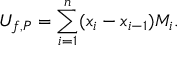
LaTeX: U _ { f , P } = \sum _ { i = 1 } ^ { n } ( x _ { i } - x _ { i - 1 } ) M _ { i } . \,